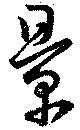
景